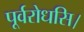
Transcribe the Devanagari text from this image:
पूर्वरोधसि।